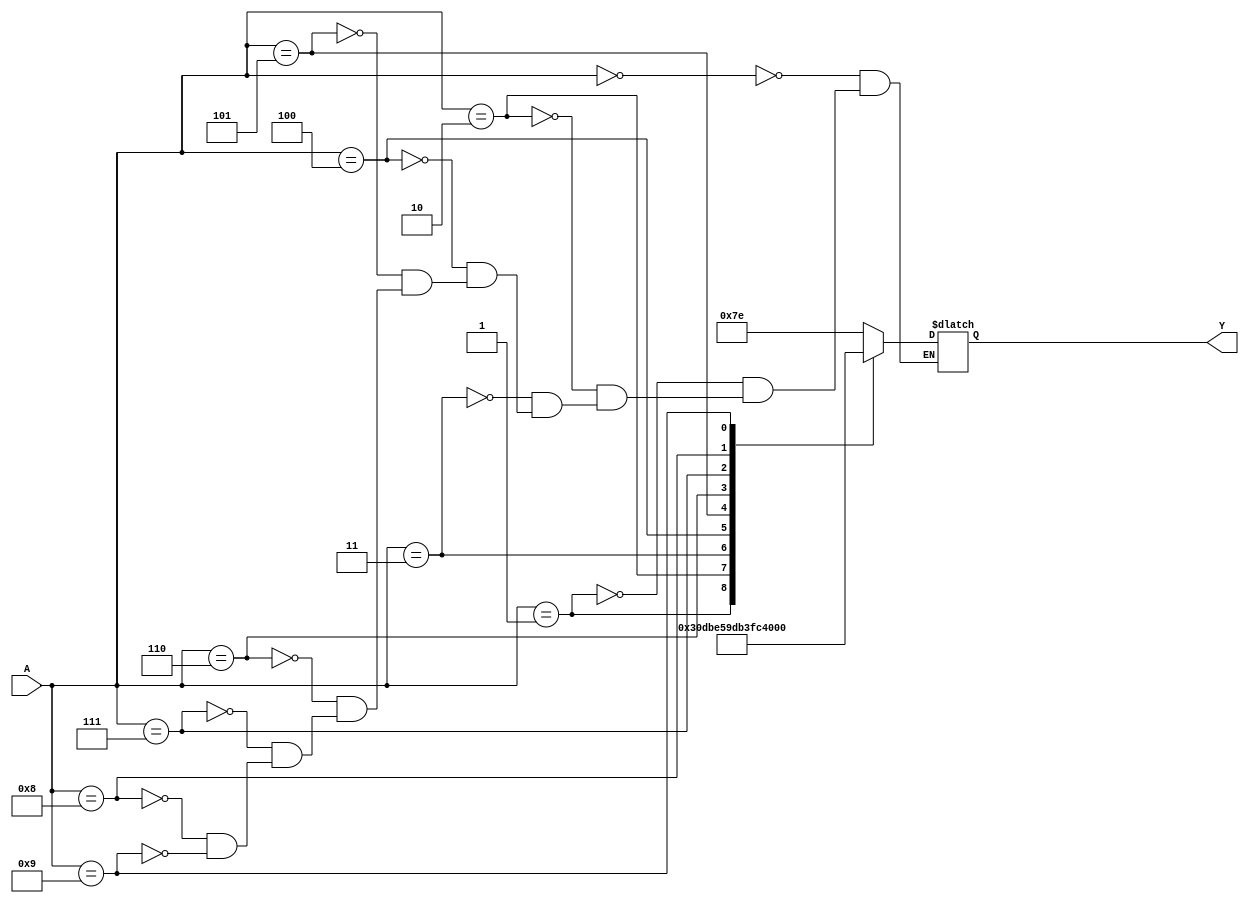
module Seven_Segment_Decoders(A,Y);
input [3:0]A;
output [6:0]Y;

always @(*)
begin
	case(A)
		4'b0000:Y=7'b1111110;
		4'b0001:Y=7'b0110000;
		4'b0010:Y=7'b1101101;
		4'b0011:Y=7'b1111001;
		4'b0100:Y=7'b0110011;
		4'b0101:Y=7'b1011011;
		4'b0110:Y=7'b0011111;
		4'b0111:Y=7'b1110000;
		4'b1000:Y=7'b1111111;
		4'b1001:Y=7'b1110011;
	endcase
end

endmodule